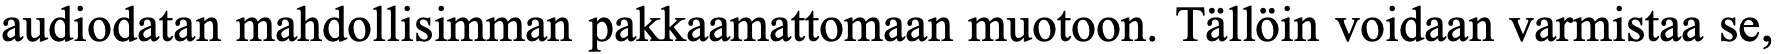
audiodatan mahdollisimman pakkaamattomaan muotoon. Tällöin voidaan varmistaa se,